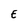
Character: E